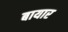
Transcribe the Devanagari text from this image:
बायार